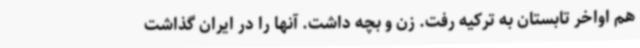
هم اواخر تابستان به ترکیه رفت. زن و بچه داشت. آنها را در ایران گذاشت